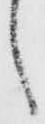
し